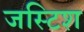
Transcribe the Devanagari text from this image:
जस्टिश